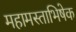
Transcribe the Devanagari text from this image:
महामस्ताभिषेक